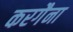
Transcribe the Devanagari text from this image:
करगैना